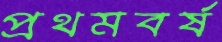
প্রথমবর্ষ